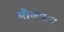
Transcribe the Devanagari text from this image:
मोजपात्र